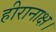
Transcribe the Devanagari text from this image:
हीरानाक्ष।